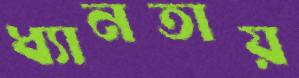
ধ্যানতায়